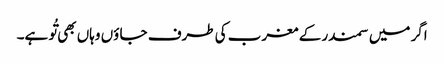
اگر میں سمندر کے مغرب کی طرف جا ؤں وہاں بھی تُو ہے۔